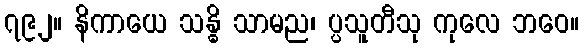
၇၉၂။ နိကာယေ သန္ဓိ သာမည၊ ပ္ပသူတီသု ကုလေ ဘဝေ။